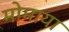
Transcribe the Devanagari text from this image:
मोमाया